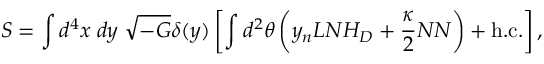
S = \int d ^ { 4 } x \; d y \; \sqrt { - G } \delta ( y ) \left[ \int d ^ { 2 } \theta \left( y _ { n } L N H _ { D } + \frac { \kappa } { 2 } N N \right) + \mathrm { h . c . } \right] ,